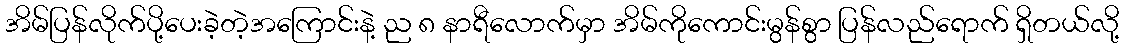
အိမ်ပြန်လိုက်ပို့ပေးခဲ့တဲ့အကြောင်းနဲ့ ည ၈ နာရီလောက်မှာ အိမ်ကိုကောင်းမွန်စွာ ပြန်လည်ရောက် ရှိတယ်လို့